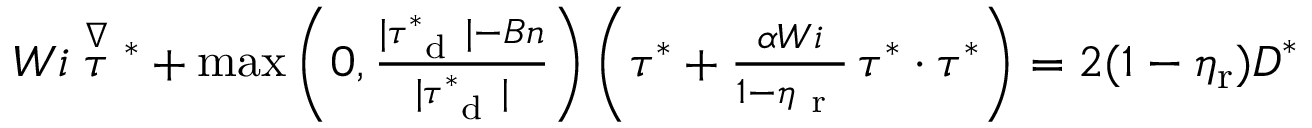
\begin{array} { r } { W i \stackrel { \nabla } { \boldsymbol { \tau } } { } ^ { * } + \operatorname* { m a x } \left( 0 , \frac { | \boldsymbol { \tau } _ { \mathrm { ~ d ~ } } ^ { * } | - B n } { | \boldsymbol { \tau } _ { \mathrm { ~ d ~ } } ^ { * } | } \right) \left( \boldsymbol { \tau } ^ { * } + \frac { \alpha W i } { 1 - \eta _ { \mathrm { ~ r ~ } } } \, \boldsymbol { \tau } ^ { * } \cdot \boldsymbol { \tau } ^ { * } \right) = 2 ( 1 - \eta _ { \mathrm { r } } ) \boldsymbol { D } ^ { * } } \end{array}